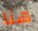
هنا